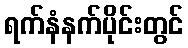
ရက်နံနက်ပိုင်းတွင်